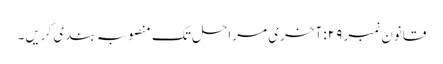
قانون نمبر ۲۹: آخری مراحل تک منصوبہ بندی کریں۔